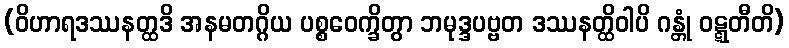
(ဝိဟာရဒဿနတ္ထဒိ အနမတဂ္ဂိယ ပစ္စဝေက္ခိတွာ ဘမုဒ္ဒပဗ္ဗတ ဒဿနတ္ထိဝါပိ ဂန္တုံ ဝဋ္ဋတီတိ)